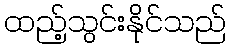
ထည့်သွင်းနိုင်သည်